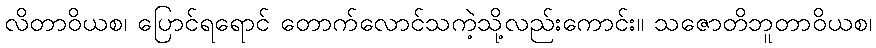
လိတာဝိယစ၊ ပြောင်ရရောင် တောက်လောင်သကဲ့သို့လည်းကောင်း။ သဇောတိဘူတာဝိယစ၊